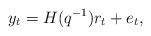
LaTeX: \begin{align*}y_t = H(q^{-1})r_t + e_t,\end{align*}